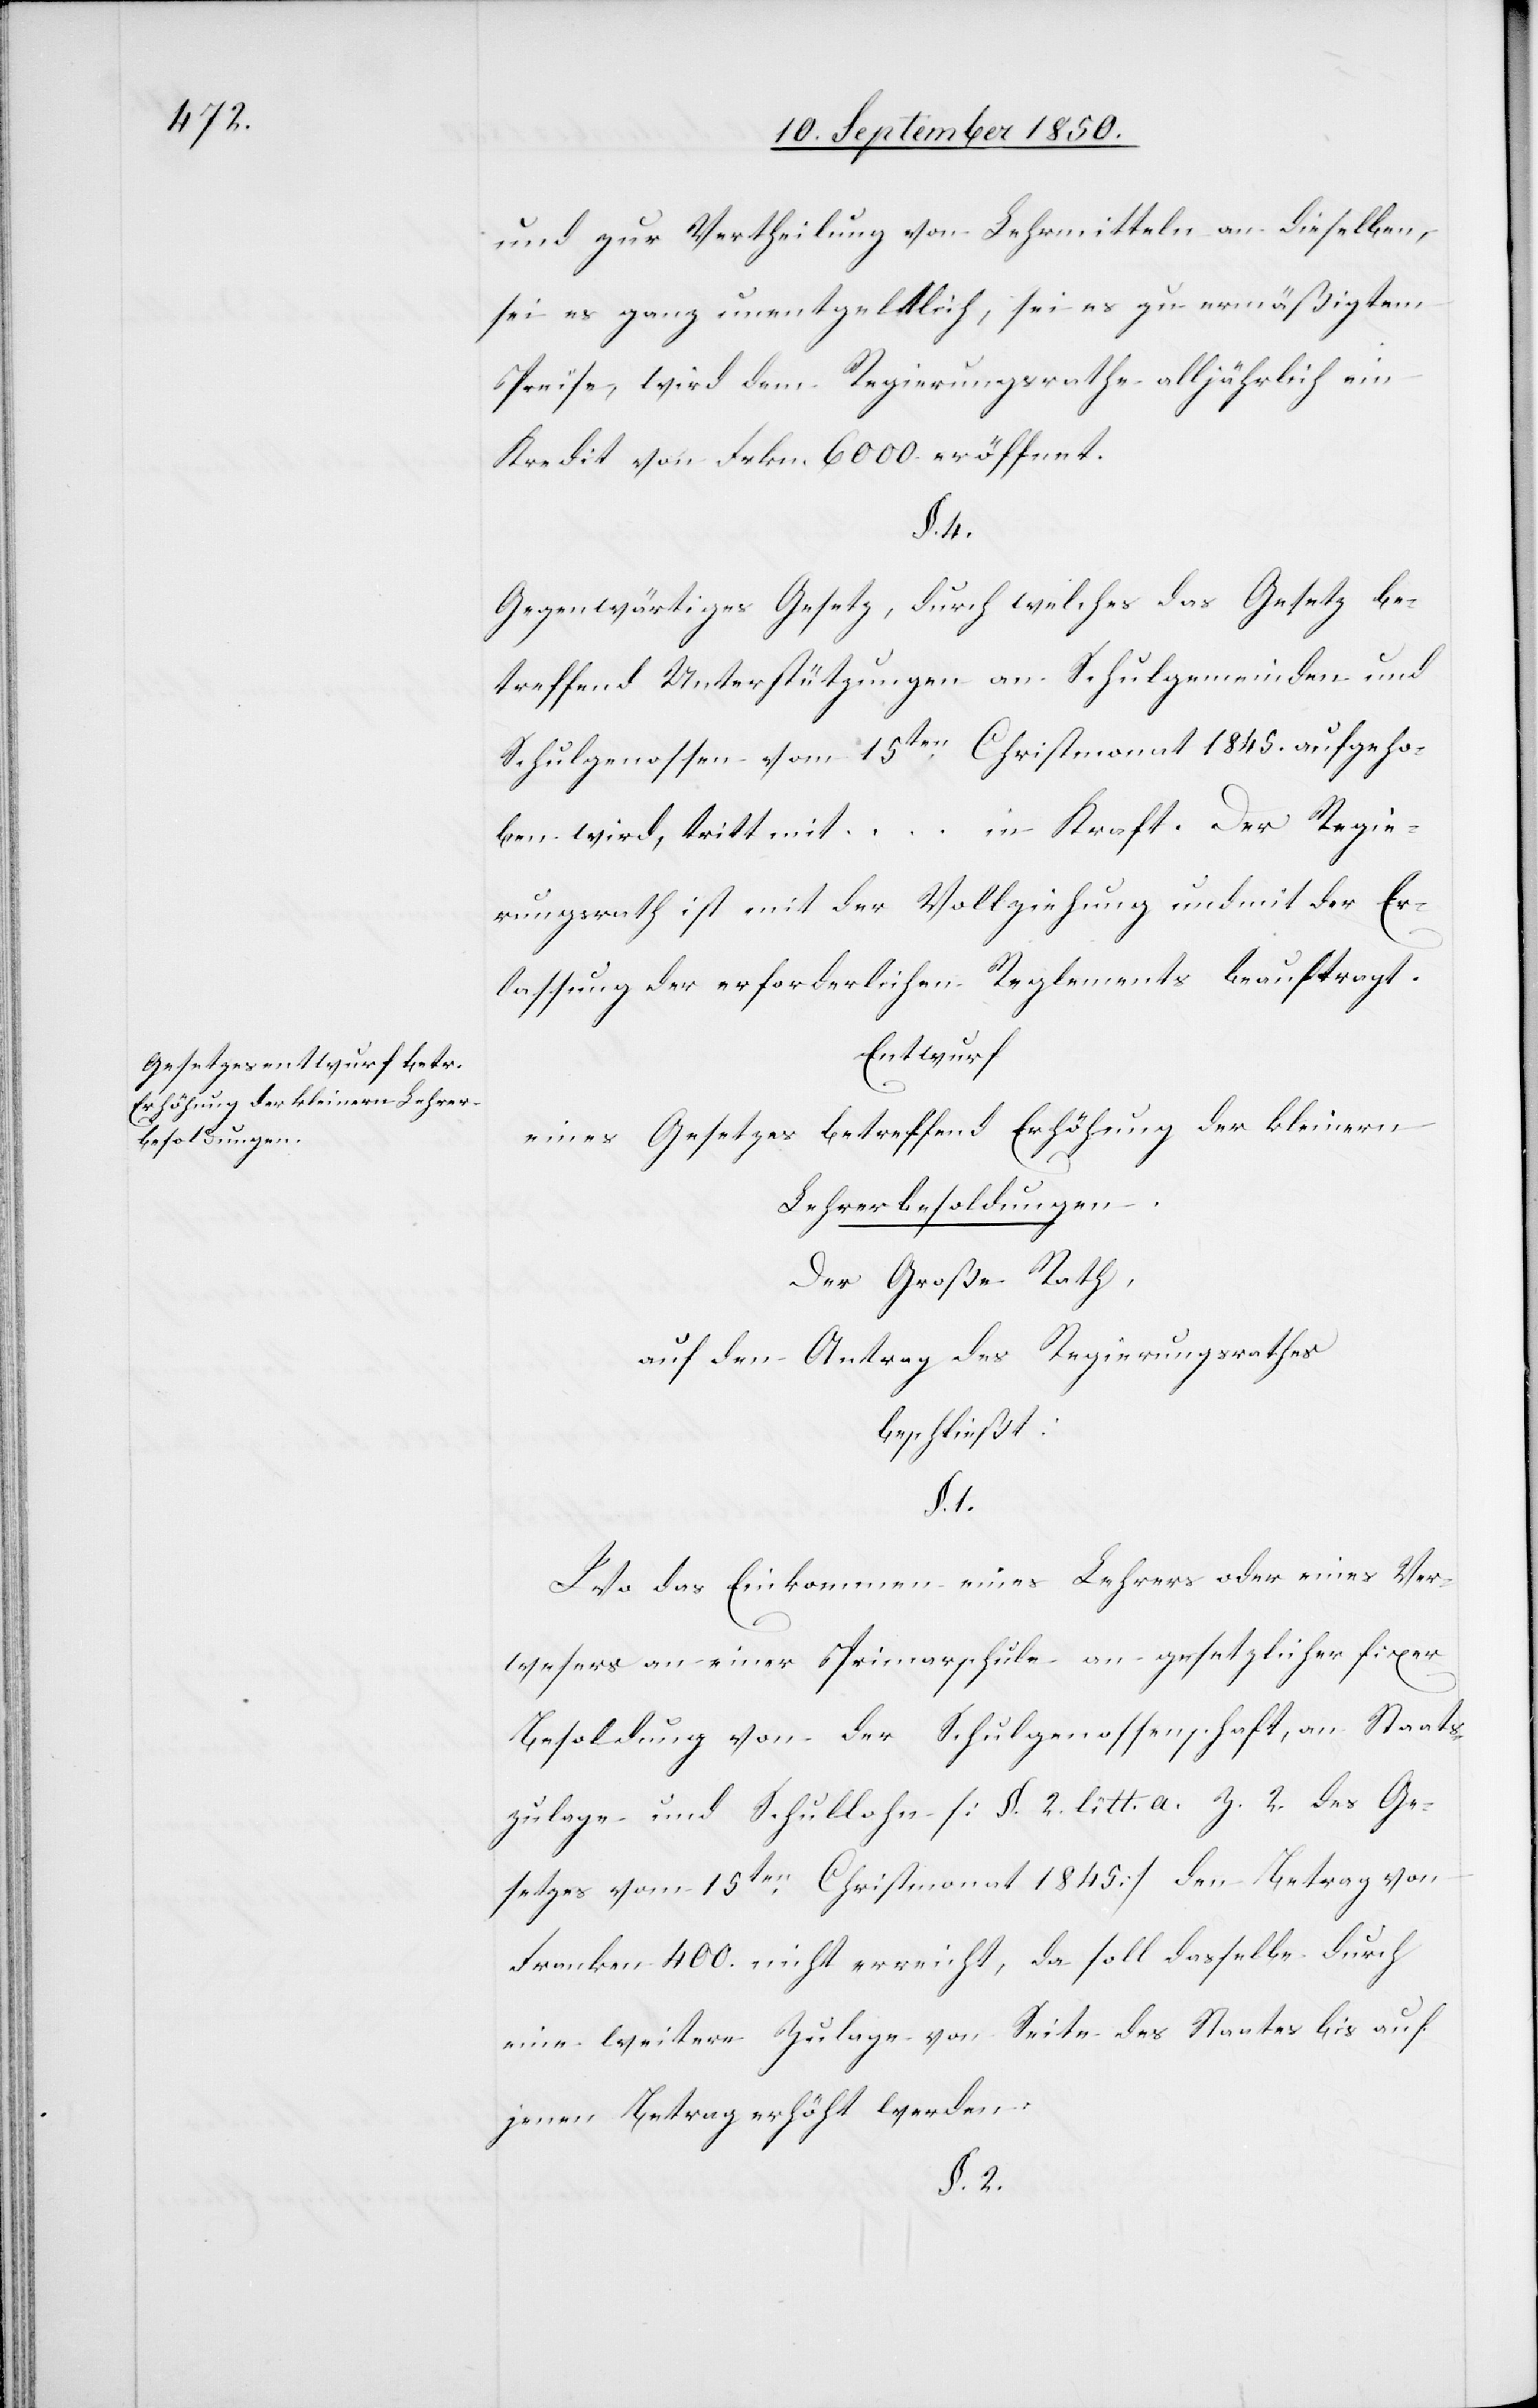
und zur Vertheilung von Lehrmitteln an dieselben,
sei es ganz unentgeltlich, sei es zu ermäßigtem
Preise, wird dem Regierungsrathe alljährlich ein
Kredit von Frkn. 6000. eröffnet.
§. 4.
Gegenwärtiges Gesetz, durch welches das Gesetz be¬
treffend Unterstützungen an Schulgemeinden und
Schulgenossen vom 15ten Christmonat 1845. aufgeho¬
ben wird, tritt mit … in Kraft. Der Regie¬
rungsrath ist mit der Vollziehung und mit der Er¬
lassung der erforderlichen Reglements beauftragt.
Entwurf
eines Gesetzes betreffend Erhöhung der kleinern
Lehrerbesoldungen.
Der Große Rath,
auf den Antrag des Regierungsrathes
beschließt:
§. 1.
Wo das Einkommen eines Lehrers oder eines Ver¬
wesers an einer Primarschule an gesetzlicher fixer
Besoldung von der Schulgenossenschaft, an Staats¬
zulage und Schullohn [§. 2. litt. a. Z. 2. des Ge¬
setzes vom 15ten Christmonat 1845] den Betrag von
Franken 400. nicht erreicht, da soll dasselbe durch
eine weitere Zulage von Seite des Staates bis auf
jenen Betrag erhöht werden.
§. 2.